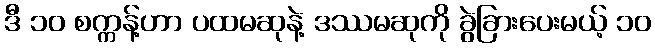
ဒီ ၁၀ စက္ကန့်ဟာ ပထမဆုနဲ့ ဒဿမဆုကို ခွဲခြားပေးမယ့် ၁၀